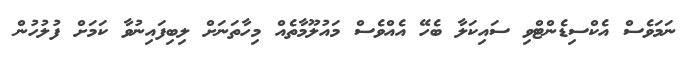
ނަމަވެސް އެކްސިޑެންޓްވި ސައިކަލާ ބެހޭ އެއްވެސް މައުލޫމާތެއް މިހާތަނަށް ލިބިފައިނުވާ ކަމަށް ފުލުހުން